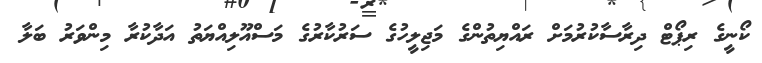
ކޯނީގެ ރިޕޯޓް ދިރާސާކުރުމަށް ރައްޔިތުންގެ މަޖިލީހުގެ ސަރުކާރުގެ މަސްއޫލިއްޔަތު އަދާކުރާ މިންވަރު ބަލާ